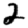
Digit: 2